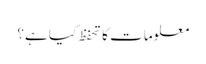
معلومات کا تحفظ کیا ہے؟